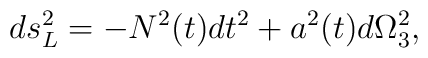
ds^2_L = - N^2(t) dt^2 + a^2 (t) d \Omega_3^2,